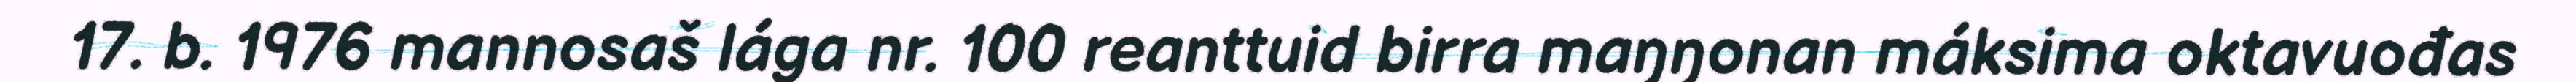
17. b. 1976 mannosaš lága nr. 100 reanttuid birra maŋŋonan máksima oktavuođas